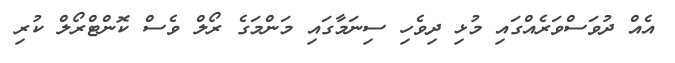
އެއް ދުވަސްވަރެއްގައި މުޅި ދިވެހި ސިނަމާގައި މަންމަގެ ރޯލް ވެސް ކޮންޓްރޯލް ކުރި